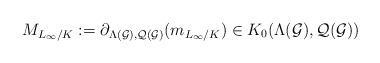
LaTeX: \begin{align*} M_{L_{\infty}/K} := \partial_{\Lambda(\mathcal{G}), \mathcal{Q}(\mathcal{G})}(m_{L_{\infty}/K}) \in K_0(\Lambda(\mathcal{G}), \mathcal{Q}(\mathcal{G})) \end{align*}